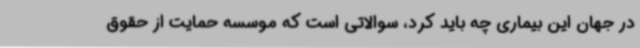
در جهان این بیماری چه باید کرد، سوالاتی است که موسسه حمایت از حقوق